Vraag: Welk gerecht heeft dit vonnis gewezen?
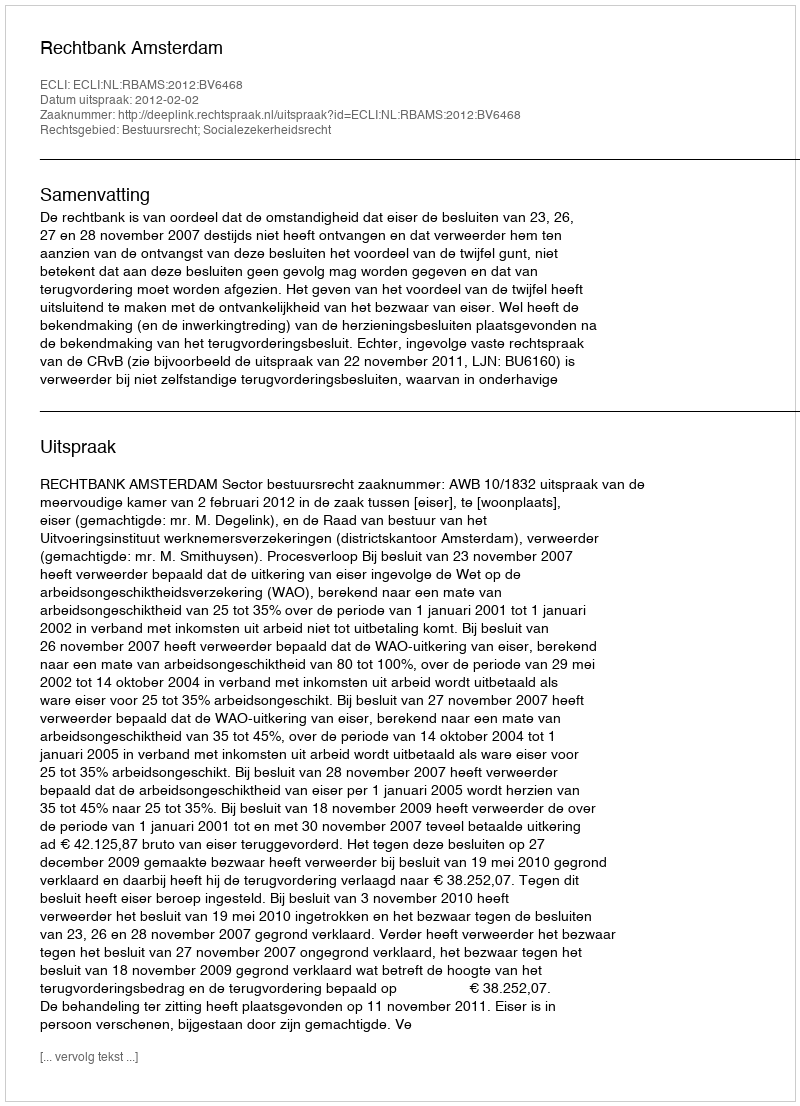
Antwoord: Rechtbank Amsterdam